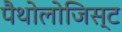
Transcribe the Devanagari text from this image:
पैथोलोजिस्ट